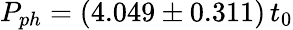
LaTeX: P_{ph}=(4.049\pm 0.311)\, t_{0}